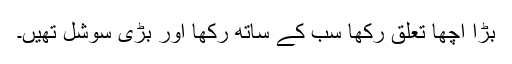
بڑا اچھا تعلق رکھا سب کے ساتھ رکھا اور بڑی سوشل تھیں۔